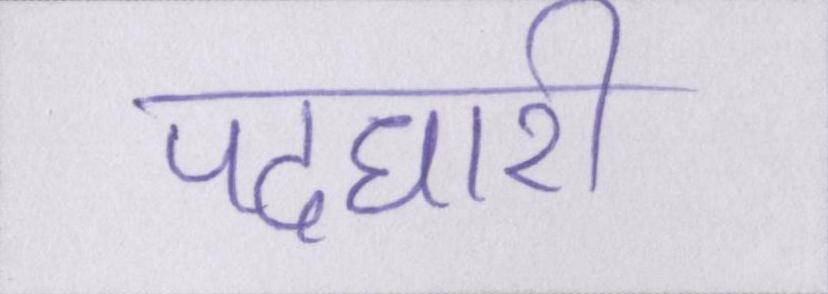
पदधारी